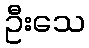
ဦးသေ